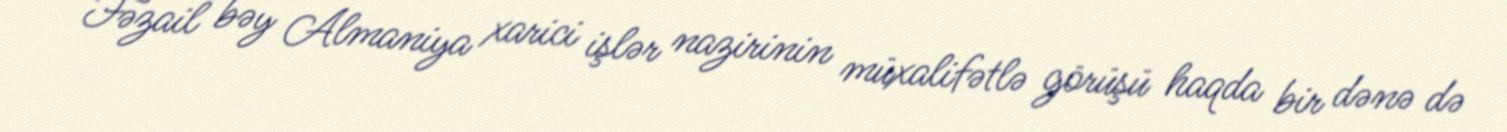
Fəzail bəy Almaniya xarici işlər nazirinin müxalifətlə görüşü haqda bir dənə də